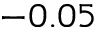
- 0 . 0 5